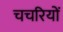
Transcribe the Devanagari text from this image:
चचरियों